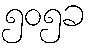
၅၀၅ခ